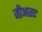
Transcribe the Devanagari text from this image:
जीआरए